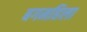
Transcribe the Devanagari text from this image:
बगमहिला